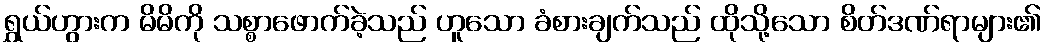
ရွှယ်ဟွားက မိမိကို သစ္စာဖောက်ခဲ့သည် ဟူသော ခံစားချက်သည် ထိုသို့သော စိတ်ဒဏ်ရာများ၏